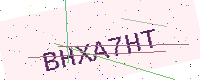
Text: BHXA7HT